65_HS1-834228961_62-HQ-83894_Section_7
Agency: FBI
Page 198
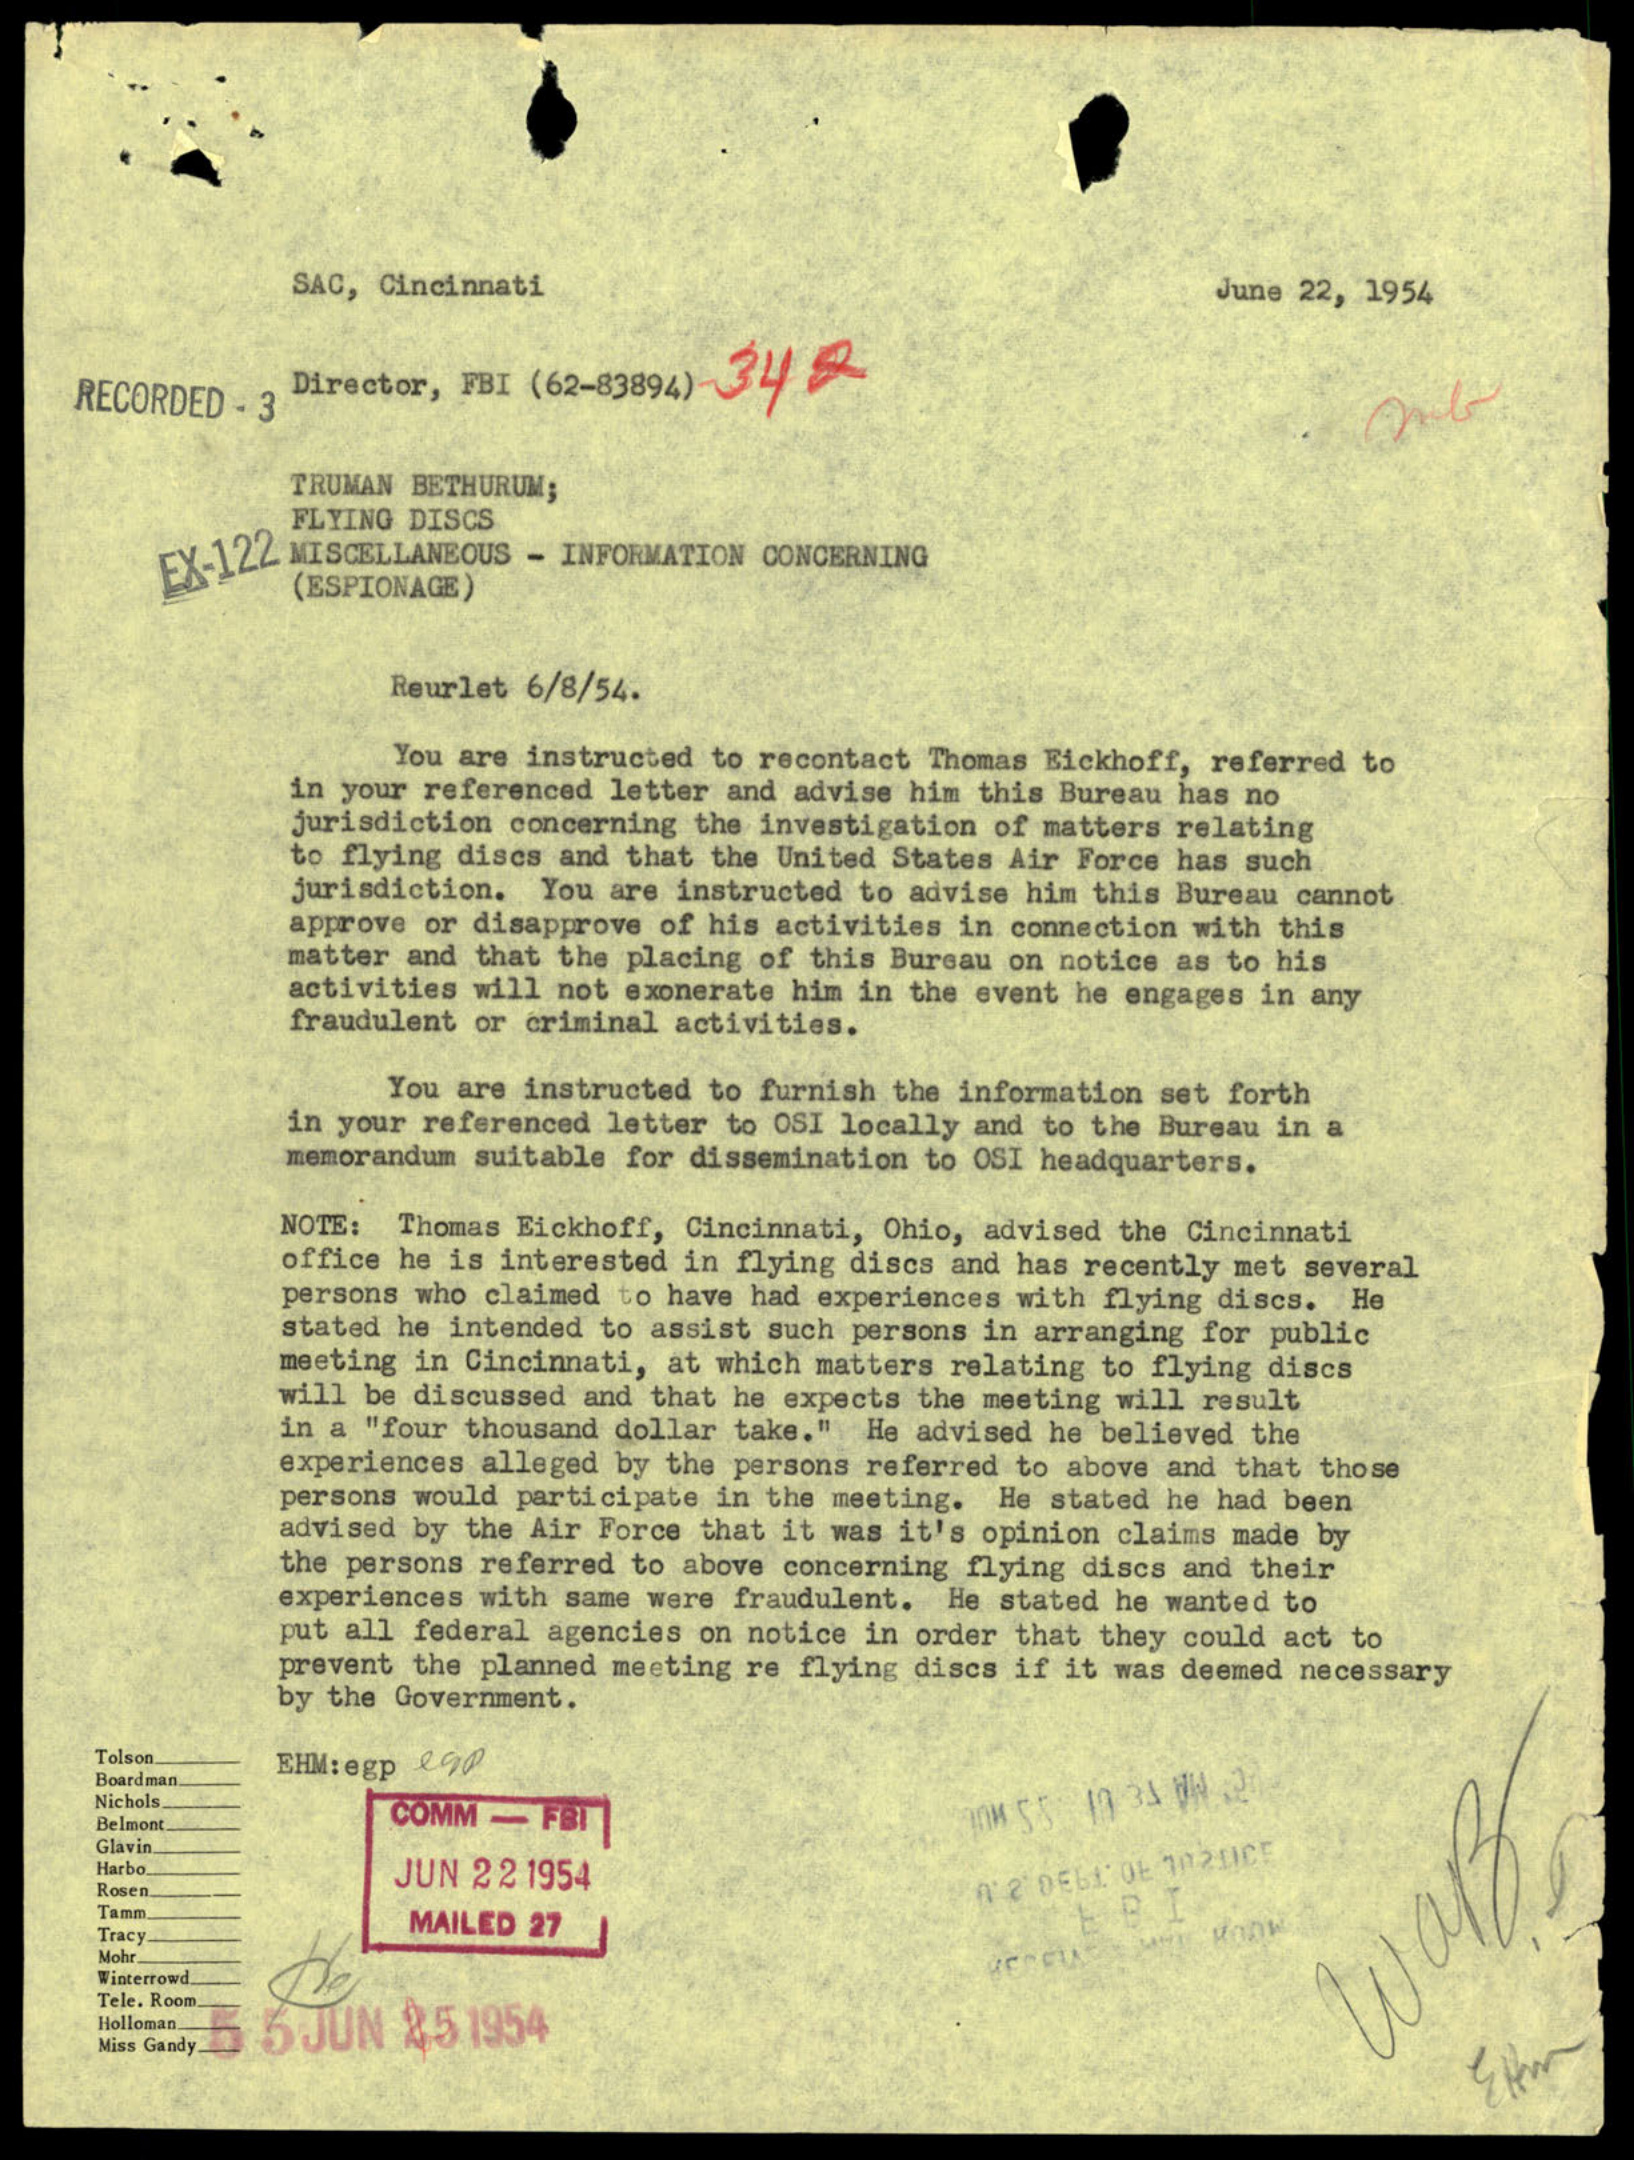